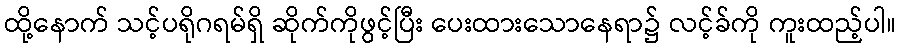
ထို့နောက် သင့်ပရိုဂရမ်ရှိ ဆိုက်ကိုဖွင့်ပြီး ပေးထားသောနေရာ၌ လင့်ခ်ကို ကူးထည့်ပါ။